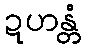
ဍဟန္တံ